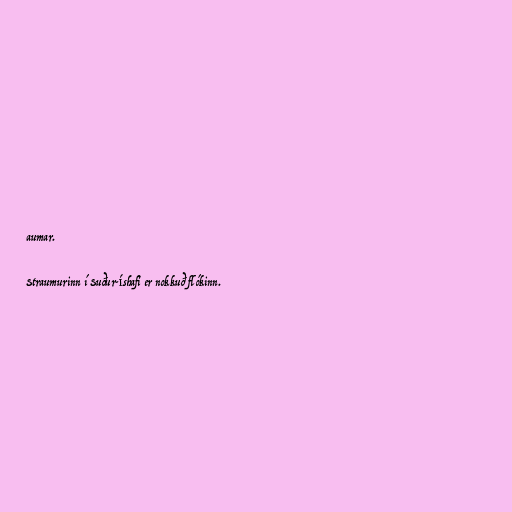
aumar.

Straumurinn í Suður-Íshafi er nokkuð flókinn.